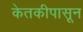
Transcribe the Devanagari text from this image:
केतकीपासून